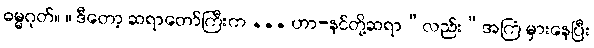
ဓမ္မဂုတ်။ ။ ဒီတော့ ဆရာတော်ကြီးက ... ဟာ-နင်တို့ဆရာ“လည်း”အကြံ မှားနေပြီး